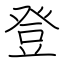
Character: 登